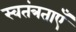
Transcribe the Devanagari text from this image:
स्वतंत्रताएँ